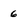
Character: 6